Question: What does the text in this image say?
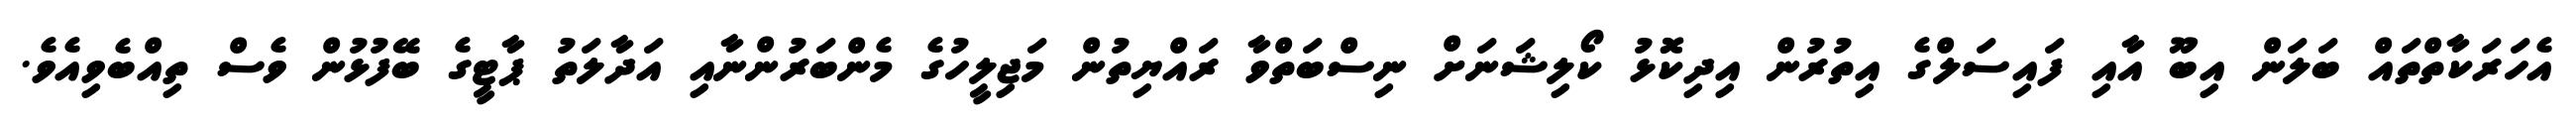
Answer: އެހަރަކާތްތައް ބަލަން އިބޫ އާއި ފައިސަލްގެ އިތުރުން އިދިކޮޅު ކޯލިޝަނަށް ނިސްބަތްވާ ރައްޔިތުން މަޖިލީހުގެ މެންބަރުންނާއި އަދާލަތު ޕާޓީގެ ބޭފުޅުން ވެސް ތިއްބެވިއެވެ.